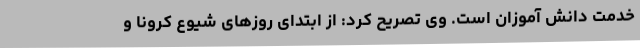
خدمت دانش آموزان است. وی تصریح کرد: از ابتدای روزهای شیوع کرونا و